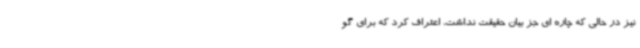
نیز در حالی که چاره ای جز بیان حقیقت نداشت، اعتراف کرد که برای گو